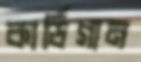
কার্ডিগান